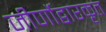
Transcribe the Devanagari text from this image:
जीर्णोद्वारकृत